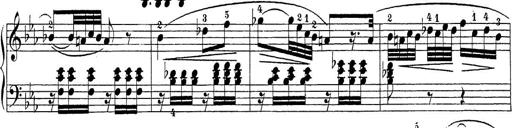
Title: Sonatina Album
Composer: Louis KÃ¶hler